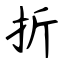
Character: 折